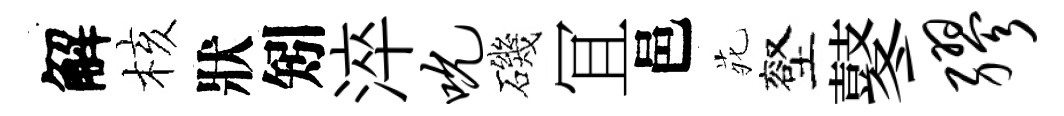
解核狀矧淬吮磯冝邑𫟍壑鼕缪